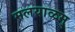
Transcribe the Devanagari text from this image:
मलयाळम्